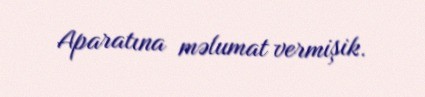
Aparatına məlumat vermişik.